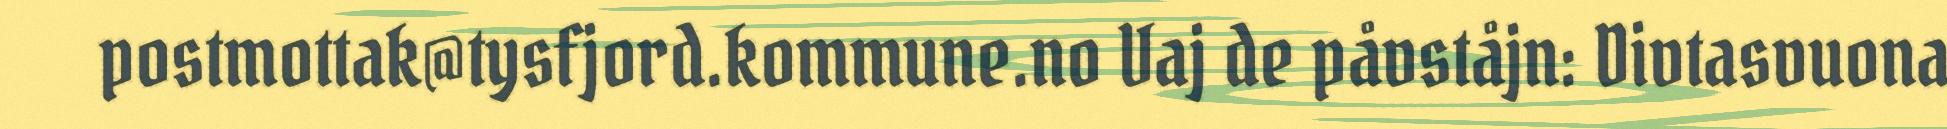
postmottak@tysfjord.kommune.no Vaj de påvståjn: Divtasvuona